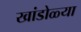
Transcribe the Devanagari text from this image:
खांडोळ्या